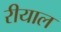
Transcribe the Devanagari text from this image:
रीयाल